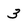
Character: 3